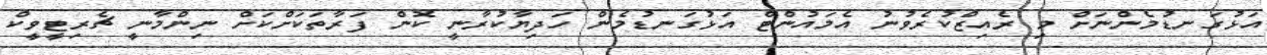
އަޅުގަނޑުމެންނަށް މި ރެއިޒްކުރެވުނު އެމައުންޓް އަޅުގަނޑުމެން ހަދިޔާކުރާނީ ކޮން ފަރާތަކަށްކަށް ނިންމާނީ ޗެރިޓީވީކް